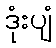
ဒုံးပျံ